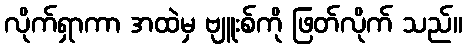
လိုက်ရှာကာ အထဲမှ ဗျူးစ်ကို ဖြတ်လိုက် သည်။